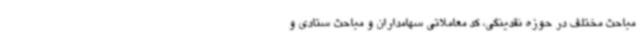
مباحث مختلف در حوزه نقدینگی، کد معاملاتی سهامداران و مباحث ستادی و